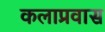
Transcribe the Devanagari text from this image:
कलाप्रवास